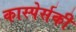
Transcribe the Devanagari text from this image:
कास्पेर्सकी